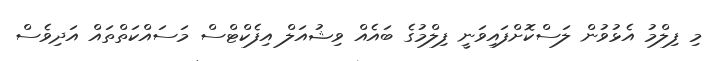
މި ފިލްމު އެޅުވުން ލަސްކޮށްފައިވަނީ ފިލްމުގެ ބައެއް ވިޝުއަލް އިފެކްޓްސް މަސައްކަތްތައް އަދިވެސް